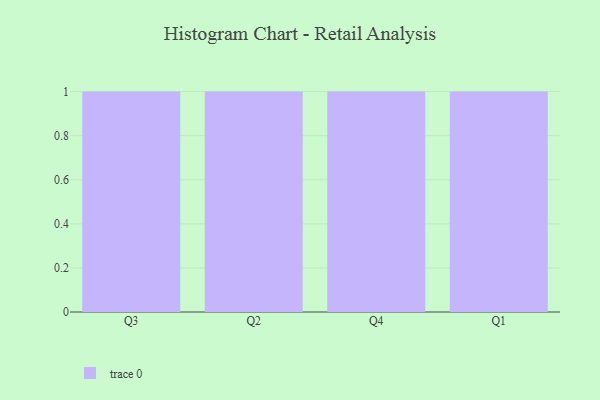
{"axis": {"x": "Quarter", "y": "Satisfaction Score"}, "legend": [""], "data": [{"x": "Q3", "y": 88, "type": ""}, {"x": "Q2", "y": 52, "type": ""}, {"x": "Q4", "y": 48, "type": ""}, {"x": "Q1", "y": 20, "type": ""}]}